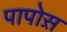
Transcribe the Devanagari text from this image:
पापोस़